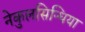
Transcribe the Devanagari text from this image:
नेकुलसिन्धिया